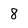
Character: 8